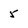
Character: 5